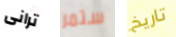
ترانى ستمر تاريخ